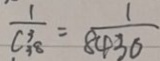
\frac { 1 } { C _ { 3 8 } ^ { 3 } } = \frac { 1 } { 8 4 3 6 }